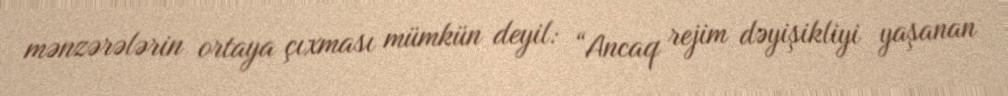
mənzərələrin ortaya çıxması mümkün deyil: “Ancaq rejim dəyişikliyi yaşanan